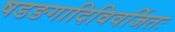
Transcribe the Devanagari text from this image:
षडङगादिविवर्जितः